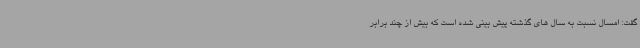
گفت: امسال نسبت به سال های گذشته پیش بینی شده است که بیش از چند برابر